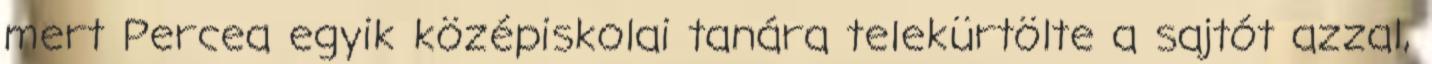
mert Percea egyik középiskolai tanára telekürtölte a sajtót azzal,